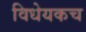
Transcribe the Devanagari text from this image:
विधेयकच